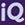
iQ